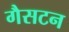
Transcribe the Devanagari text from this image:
गैसटन